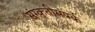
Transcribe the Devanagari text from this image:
संस्कृतीसंपर्क